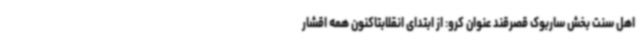
اهل سنت بخش ساربوک قصرقند عنوان کرو: از ابتدای انقلابتاکنون همه اقشار